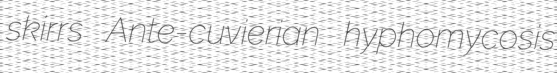
skirrs Ante-cuvierian hyphomycosis